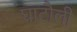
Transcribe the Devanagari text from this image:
घाटौली